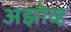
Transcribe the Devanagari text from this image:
अझोव्ह